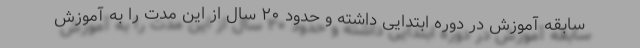
سابقه آموزش در دوره ابتدایی داشته و حدود ۲۰ سال از این مدت را به آموزش